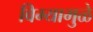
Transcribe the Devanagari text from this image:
विम्यामुळे